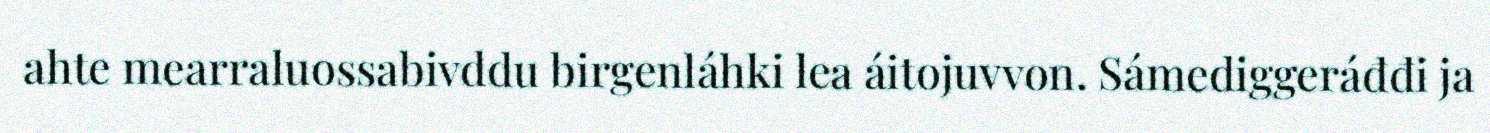
ahte mearraluossabivddu birgenláhki lea áitojuvvon. Sámediggeráđđi ja